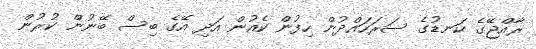
ރާއްޖޭގެ ކަނޑުގެ ސަރަހައްދުން ހިފުން ކެއުން އަދި އޭގެ ބިސް ބޭނުން ކުރުން